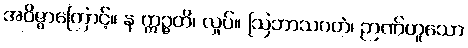
အဝိဇ္ဇာကြောင့်။ န ဣဉ္ဇတိ၊ လှုပ်။ ဩဘာသဂတံ၊ ဉာဏ်ဟူသော